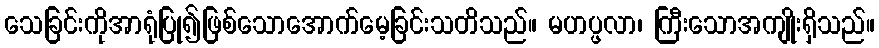
သေခြင်းကိုအာရုံပြု၍ဖြစ်သောအောက်မေ့ခြင်းသတိသည်။ မဟပ္ဖလာ၊ ကြီးသောအကျိုးရှိသည်။